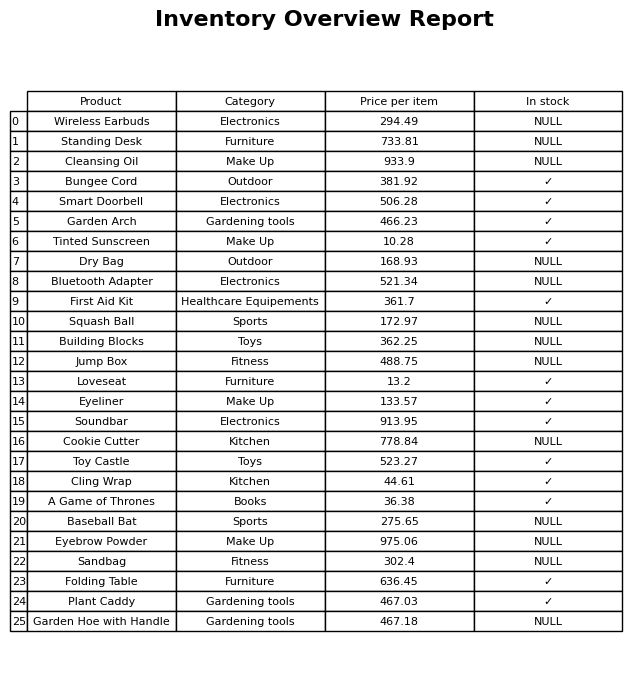
question: What is the price for A Game of Thrones?
answer: The price of A Game of Thrones is 36.38.